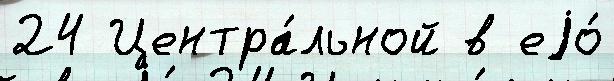
24 Центра́льной в еjо́